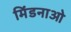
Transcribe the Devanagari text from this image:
मिंडनाओ